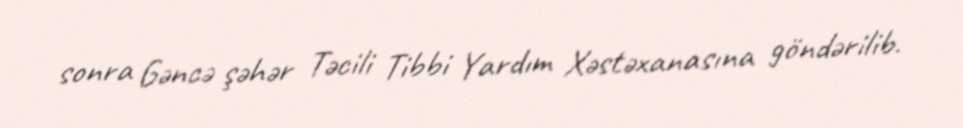
sonra Gəncə şəhər Təcili Tibbi Yardım Xəstəxanasına göndərilib.